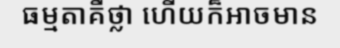
ធម្មតាគឺថ្លា ហើយក៏អាចមាន